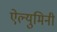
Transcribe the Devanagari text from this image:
ऐल्युमिनी